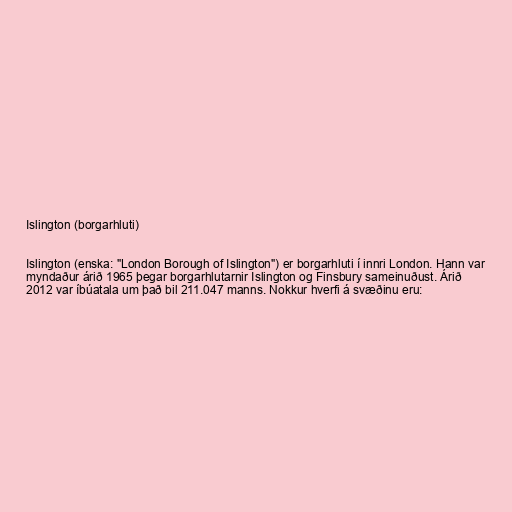
Islington (borgarhluti)

Islington (enska: "London Borough of Islington") er borgarhluti í innri London. Hann var
myndaður árið 1965 þegar borgarhlutarnir Islington og Finsbury sameinuðust. Árið
2012 var íbúatala um það bil 211.047 manns. Nokkur hverfi á svæðinu eru: